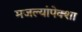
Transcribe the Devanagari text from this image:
मजल्यांपेक्शा